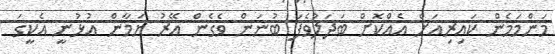
މަންމަމެން ކައިރިއަށް އެއްކޮށް ބަދަލުވެފަ ބުނަން ވެގެން އޭރު ޔަމާން އުޅުނީ އެކީގަ